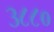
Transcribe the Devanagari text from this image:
३८८०